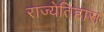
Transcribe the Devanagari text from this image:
राज्येतिहास